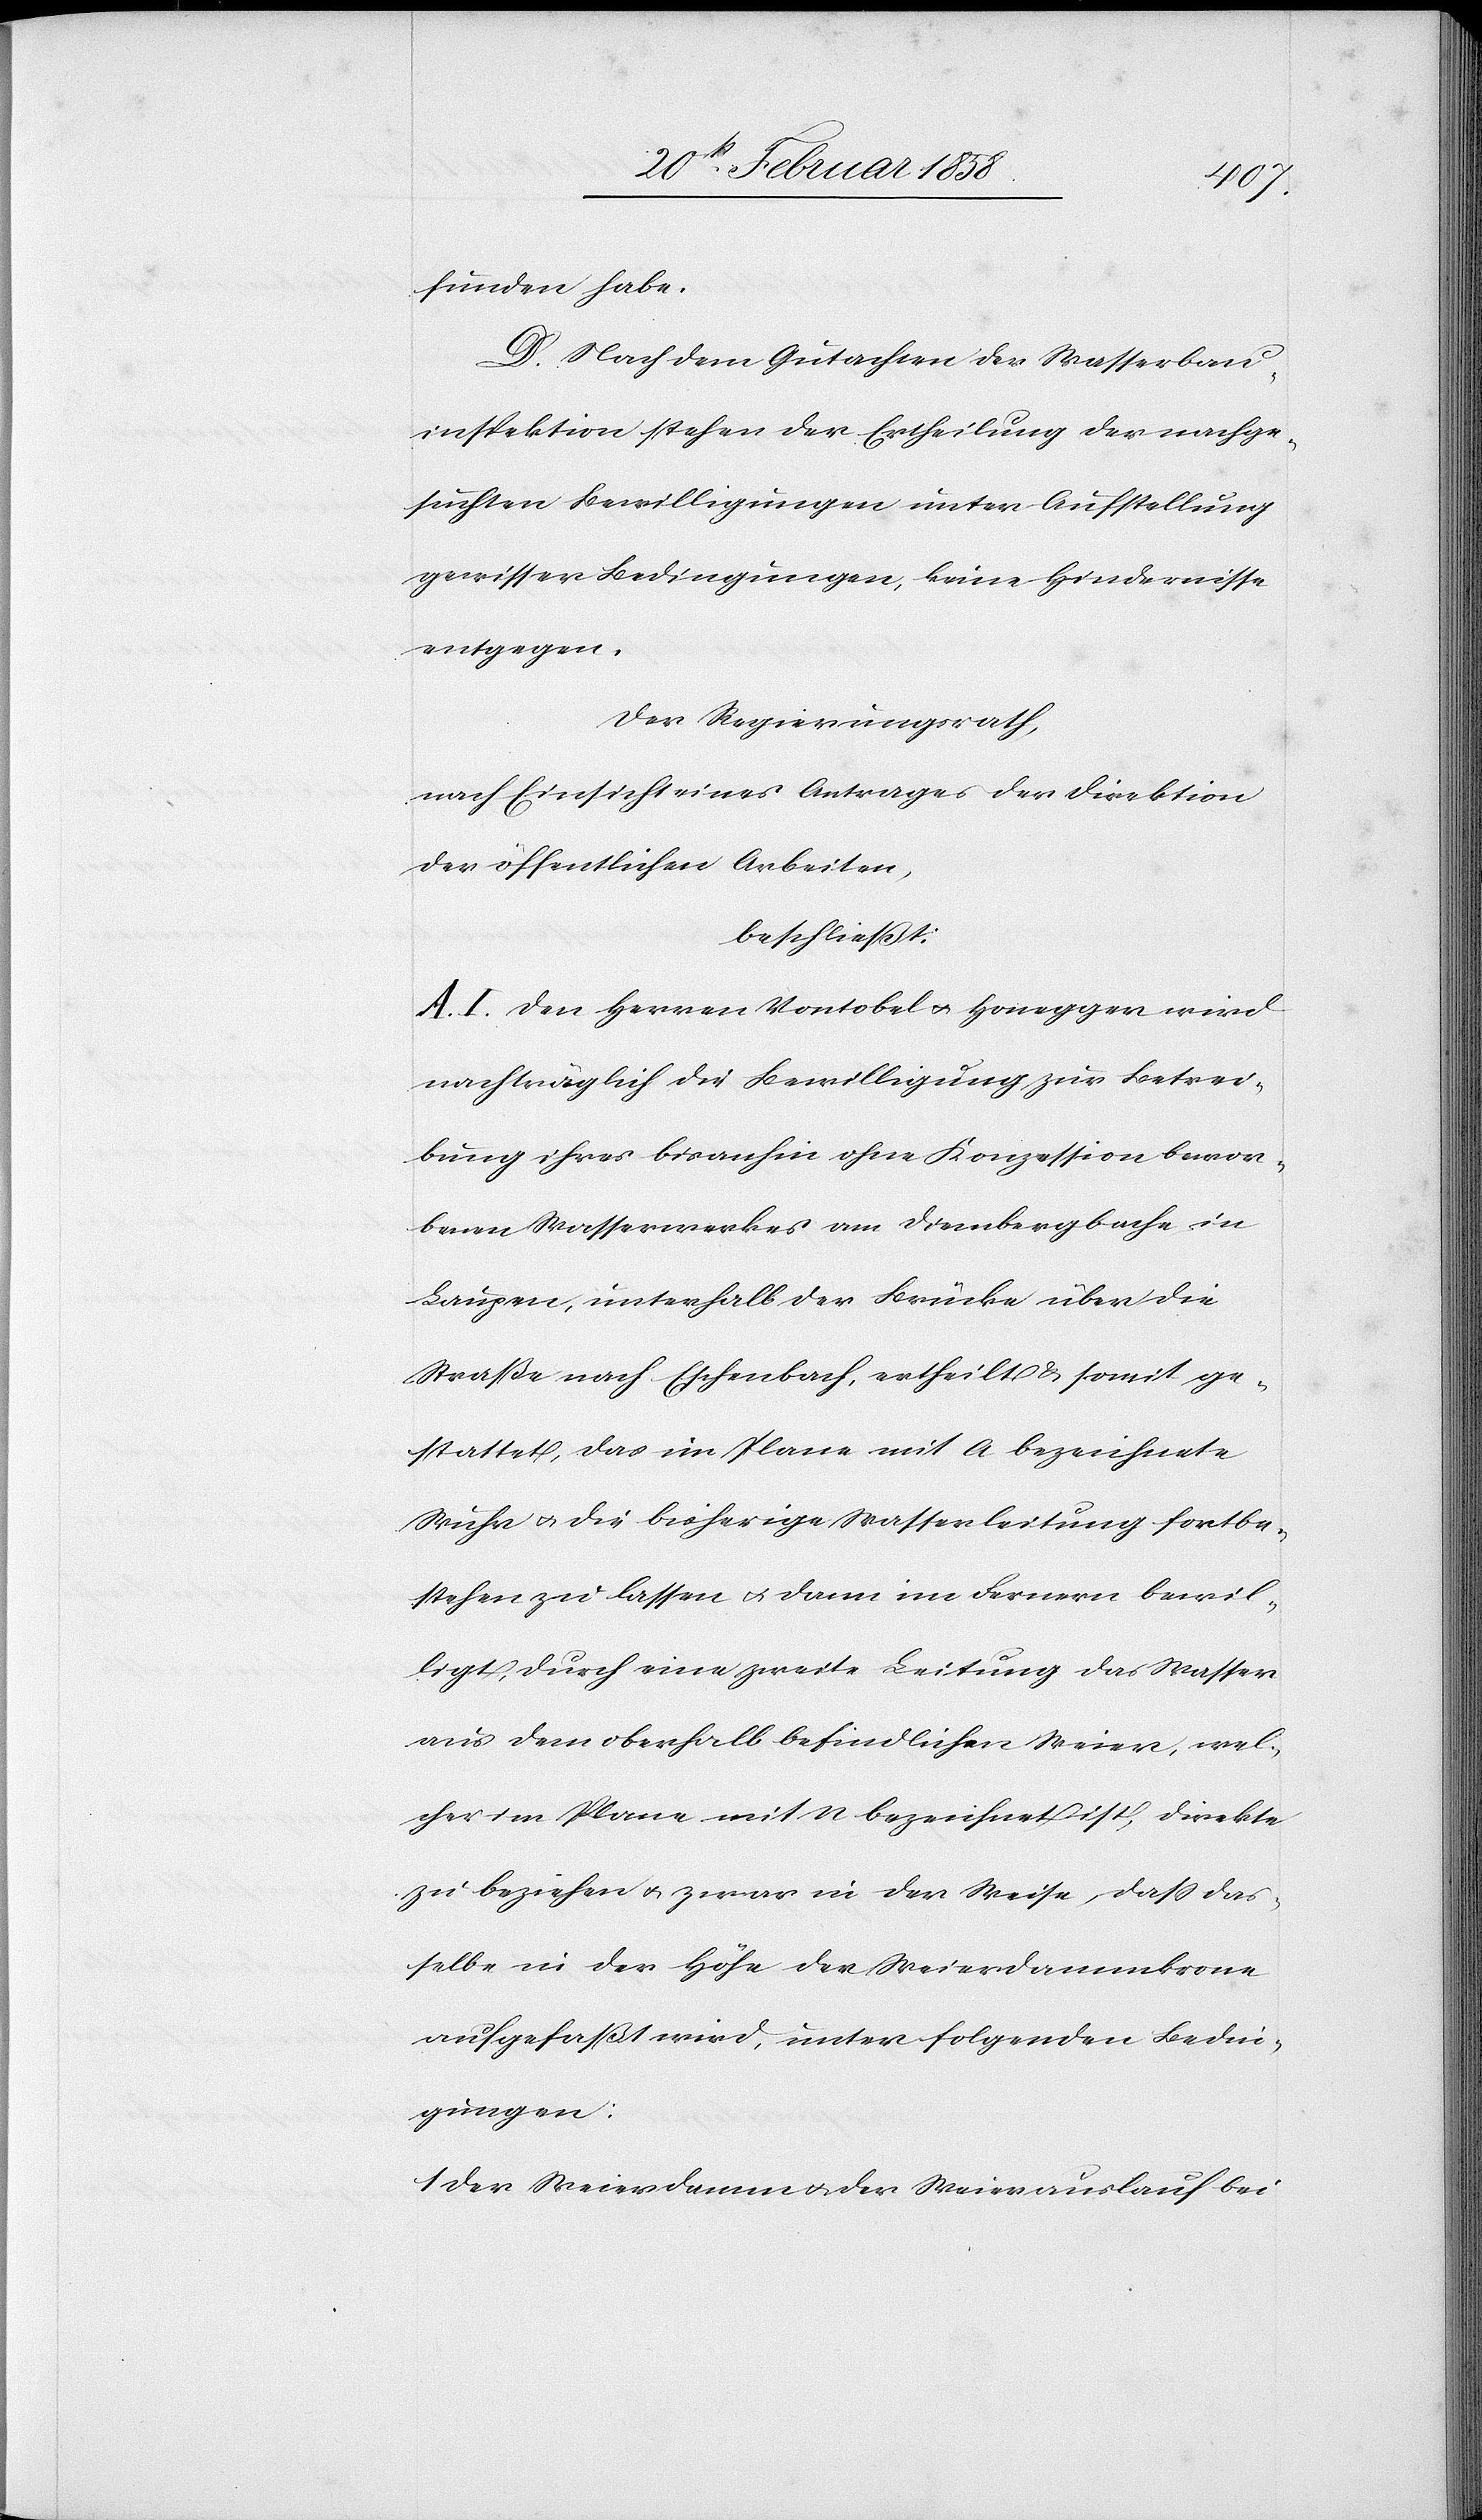
funden habe.
D. Nach dem Gutachten der Wasserbau¬
inspektion stehen der Ertheilung der nachge¬
suchten Bewilligungen unter Aufstellung
gewisser Bedingungen, keine Hindernisse
entgegen.
Der Regierungsrath,
nach Einsicht eines Antrages der Direktion
der öffentlichen Arbeiten,
beschließt:
A. I. Den Herren Vontobel u. Honegger wird
nachträglich die Bewilligung zur Betrei¬
bung ihres bisanhin ohne Konzession bewor¬
benen Wasserwerkes am Diembergbache
Laupen, unterhalb der Brücke über die
Straße nach Eschenbach, ertheilt & somit ge¬
stattet, das im Plane mit a bezeichnete
Wuhr u. die bisherige Wasserleitung fortbe¬
stehen zu lassen u. dann im Fernern bewil¬
ligt, durch eine zweite Leitung das Wasser
aus dem oberhalb befindlichen Weier, wel¬
cher im Plane mit n bezeichnet ist, direkte
zu beziehen u. zwar in der Weise, daß das¬
selbe in der Höhe der Weierdammkrone
aufgefaßt wird, unter folgenden Bedin¬
gungen:
1. Der Weierdamm u. der Weierauslauf bei